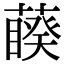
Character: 藈